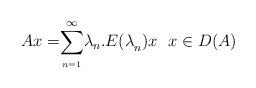
LaTeX: \begin{align*}{ Ax=}\overset{\infty }{\underset{_{n=1}}{\sum }}{\lambda }_{n}{.E(\lambda }_{n}{)x}\ \ { x\in D(A)}\end{align*}